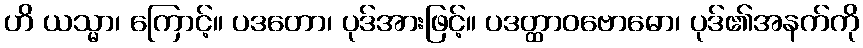
ဟိ ယသ္မာ၊ ကြောင့်။ ပဒတော၊ ပုဒ်အားဖြင့်။ ပဒတ္ထာဝဗောဓော၊ ပုဒ်၏အနက်ကို